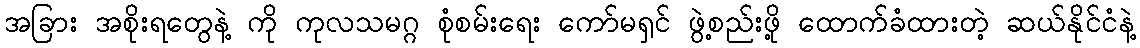
အခြား အစိုးရတွေနဲ့ ကို ကုလသမဂ္ဂ စုံစမ်းရေး ကော်မရှင် ဖွဲ့စည်းဖို့ ထောက်ခံထားတဲ့ ဆယ်နိုင်ငံနဲ့